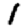
Digit: 1